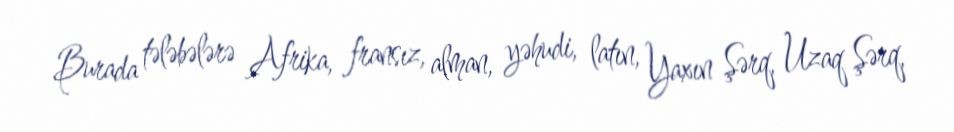
Burada tələbələrə Afrika, fransız, alman, yəhudi, latın, Yaxın Şərq, Uzaq Şərq,